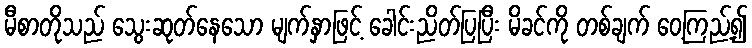
မီစာတိုသည် သွေးဆုတ်နေသော မျက်နှာဖြင့် ခေါင်းညိတ်ပြပြီး မိခင်ကို တစ်ချက် ဝေ့ကြည့်၍